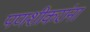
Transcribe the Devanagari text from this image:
पणशीकरांना